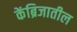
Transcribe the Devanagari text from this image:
केंब्रिजातील